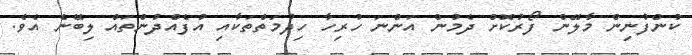
ކުންފުނިން މާލޭން ފޯރުކޮށް ދެމުން އަންނަ ހުރިހާ ހިދުމަތްތަކާއި އުފެއްދުންތައް ލިބޭނެ އެވެ.